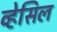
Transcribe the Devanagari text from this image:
व्हेसिल